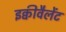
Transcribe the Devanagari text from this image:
इक्वीवैलेंट